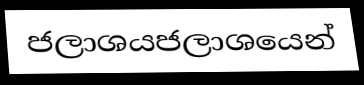
ජලාශයජලාශයෙන්